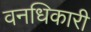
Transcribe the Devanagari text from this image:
वनधिकारी